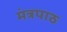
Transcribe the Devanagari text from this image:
मंत्रपाठ